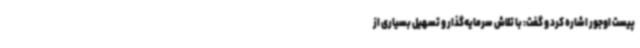
پیست اوجور اشاره کرد و گفت: با تلاش سرمایه‌گذار و تسهیل بسیاری از